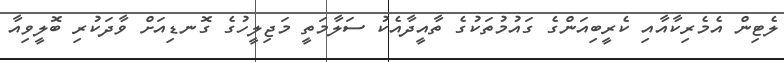
ލެޓިން އެމެރިކާއާއި ކެރީބިއަންގެ ގައުމުތަކުގެ ތާއީދާއެކު ސަލާމަތީ މަޖިލީހުގެ ގޮނޑިއަށް ވާދަކުރި ބޮލީވިއާ